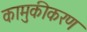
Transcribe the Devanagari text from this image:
कामुकीकरण